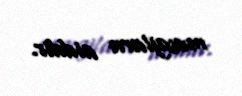
mesajlara aiddir.